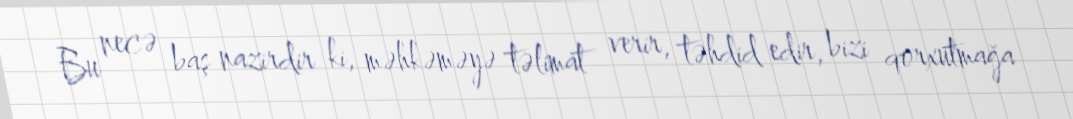
Bu necə baş nazirdir ki, məhkəməyə təlimat verir, təhdid edir, bizi qorxutmağa